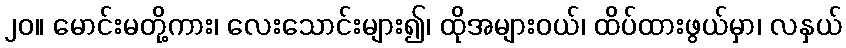
၂၀။ မောင်းမတို့ကား၊ လေးသောင်းများ၍၊ ထိုအများဝယ်၊ ထိပ်ထားဖွယ်မှာ၊ လနှယ်